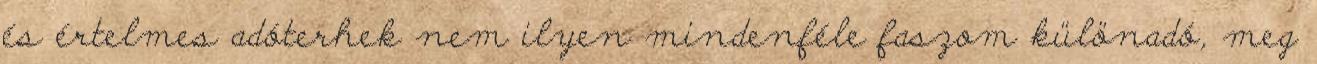
és értelmes adóterhek nem ilyen mindenféle faszom különadó, meg